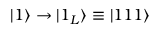
\vert 1 \rangle \rightarrow \vert 1 _ { L } \rangle \equiv \vert 1 1 1 \rangle